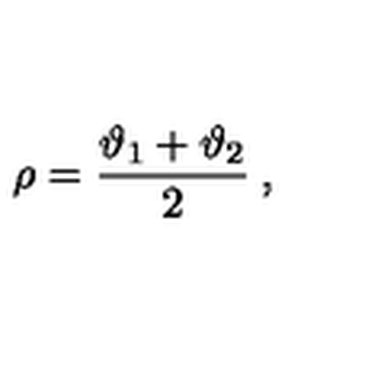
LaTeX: \rho = \displaystyle \frac { \vartheta _ { 1 } + \vartheta _ { 2 } } { 2 } \: ,